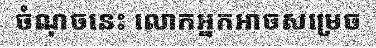
ចំណុចនេះ លោកអ្នកអាចសម្រេច